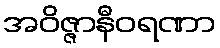
အဝိဇ္ဇာနီဝရဏာ